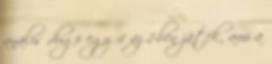
anális dugó egy 4 az 1-ben játék, ami a